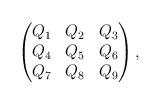
LaTeX: \begin{align*}\begin{pmatrix}Q_1 & Q_2 & Q_3 \\Q_4 & Q_5 & Q_6 \\Q_7 & Q_8 & Q_9\end{pmatrix},\end{align*}